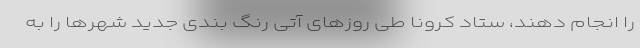
را انجام دهند، ستاد کرونا طی روزهای آتی رنگ بندی جدید شهرها را به